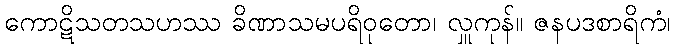
ကောဋိသတသဟဿ ခိဏာသမပရိဝုတော၊ လှူကုန်။ ဇနပဒစာရိကံ၊